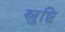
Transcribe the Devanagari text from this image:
स्रुष्टि